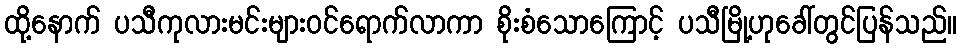
ထို့နောက် ပသီကုလားမင်းများဝင်ရောက်လာကာ စိုးစံသောကြောင့် ပသီမြို့ဟုခေါ်တွင်ပြန်သည်။